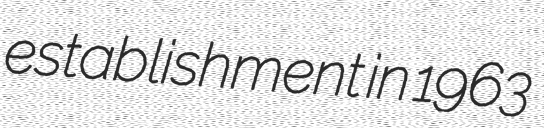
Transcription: establishment in 1963